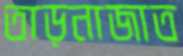
তাড়নাজাত